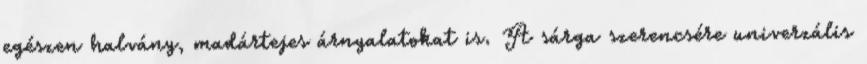
egészen halvány, madártejes árnyalatokat is. A sárga szerencsére univerzális